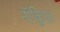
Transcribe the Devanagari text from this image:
नॉक्लिया